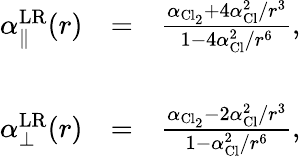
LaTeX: \begin{array}{rlr}{\alpha_{\parallel}^{\mathrm{LR}}(r)}&{=}&{\frac{\alpha_{\mathrm{Cl_{2}}}+4\alpha_{\mathrm{Cl}}^{2}/r^{3}}{1-4\alpha_{\mathrm{Cl}}^{2}/r^{6}},}\\ &{}&\\ {\alpha_{\bot}^{\mathrm{LR}}(r)}&{=}&{\frac{\alpha_{\mathrm{Cl_{2}}}-2\alpha_{\mathrm{Cl}}^{2}/r^{3}}{1-\alpha_{\mathrm{Cl}}^{2}/r^{6}},}\end{array}